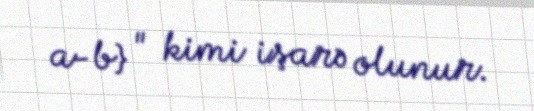
a-b} " kimi işarə olunur.